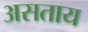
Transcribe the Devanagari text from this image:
असताय